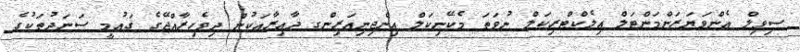
ސިވިލް އެންވަޔަރަންމަންޓަލް އިލެކްޓްރިކަލް ނުވަތަ މެކޭނިކަލް އިންޖިނިއަރިންގ ދާއިރާއަކުން ދިވެހިރާއްޖޭގެ ޤައުމީ ސަނަދުތަކުގެ